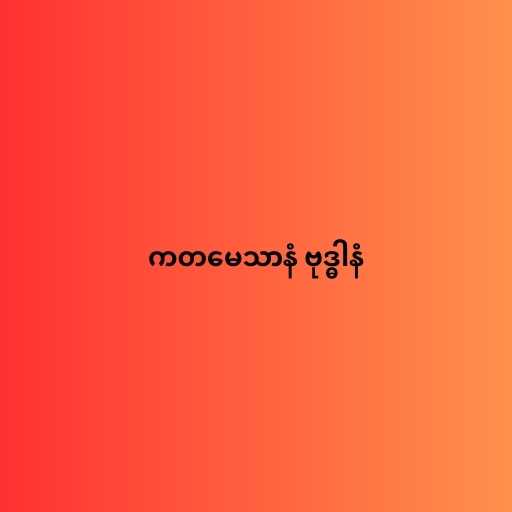
ကတမေသာနံ ဗုဒ္ဓါနံ